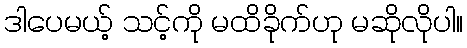
ဒါပေမယ့် သင့်ကို မထိခိုက်ဟု မဆိုလိုပါ။